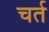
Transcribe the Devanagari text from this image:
चर्त